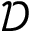
\mathcal { D }